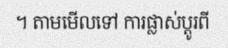
។ តាមមើលទៅ ការផ្លាស់ប្តូរពី